Annual report on the lock hospitals of the Madras Presidency
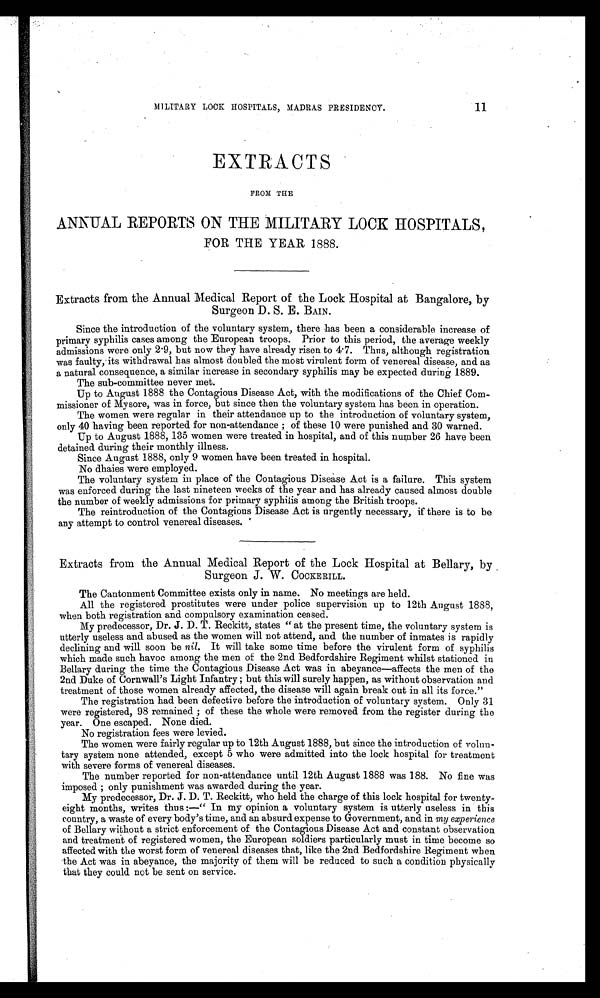
11
MILITARY LOCK HOSPITALS, MADRAS PRESIDENCY.
EXTRACTS
FROM THE
ANNUAL REPORTS ON THE MILITARY LOCK HOSPITALS,
FOR THE YEAR 1888.
Extracts from the Annual Medical Report of the Lock Hospital at Bangalore, by
Surgeon D. S. E. BAIN.
Since the introduction of the voluntary system, there has been a considerable increase of
primary syphilis cases among the European troops. Prior to this period, the average weekly
admissions were only 2.9, but now they have already risen to 4.7. Thus, although registration
was faulty, its withdrawal has almost doubled the most virulent form of venereal disease, and as
a natural consequence, a similar increase in secondary syphilis may be expected during 1889.
The sub-committee never met.
Up to August 1888 the Contagious Disease Act, with the modifications of the Chief Com
-missioner of Mysore, was in force, but since then the voluntary system has been in operation.
The women were regular in their attendance up to the introduction of voluntary system,
only 40 having been reported for non-attendance; of these 10 were punished and 30 warned.
Up to August 1888, 135 women were treated in hospital, and of this number 26 have been
detained during their monthly illness.
Since August 1888, only 9 women have been treated in hospital.
No dhaies were employed.
The voluntary system in place of the Contagious Disease Act is a failure. This system
was enforced during the last nineteen weeks of the year and has already caused almost double
the number of weekly admissions for primary syphilis among the British troops.
The reintroduction of the Contagious Disease Act is urgently necessary, if there is to be
any attempt to control venereal diseases.
Extracts from the Annual Medical Report of the Lock Hospital at Bellary, by _
Surgeon J. W. COCKERILL.
The Cantonment Committee exists only in name. No meetings are held.
All the registered prostitutes were under police supervision up to 12th August 1888,
when both registration and compulsory examination ceased.
My predecessor, Dr. J. D. T. Reckitt, states "at the present time, the voluntary system is
utterly useless and abused as the women will not attend, and the number of inmates is rapidly
declining and will soon be nil. It will take some time before the virulent form of syphilis
which made such havoc among the men of the 2nd Bedfordshire Regiment whilst stationed in
Bellary during the time the Contagious Disease Act was in abeyance—affects the men of the
2nd Duke of Cornwall's Light Infantry; but this will surely happen, as without observation and
treatment of those women already affected, the disease will again break out in all its force."
The registration had been defective before the introduction of voluntary system. Only 31
were registered, 98 remained ; of these the whole were removed from the register during the
year. One escaped. None died.
No registration fees were levied.
The women were fairly regular up to 12th August 1888, but since the introduction of volun-
tary system none attended, except 5 who were admitted into the lock hospital for treatment
with severe forms of venereal diseases.
The number reported for non-attendance until 12th August 1888 was 188. No fine was
imposed ; only punishment was awarded during the year.
My predecessor, Dr. J. D. T. Reckitt, who held the charge of this lock hospital for twenty-
eight months, writes thus:—" In my opinion a voluntary system is utterly useless in this
country, a waste of every body's time, and an absurd expense to Government, and in my experience
of Bellary without a strict enforcement of the Contagious Disease Act and constant observation
and treatment of registered women, the European soldiers particularly must in time become so
affected with the worst form of venereal diseases that, like the 2nd Bedfordshire Regiment when
the Act was in abeyance, the majority of them will be reduced to such a condition physically
that they could not be sent on service.